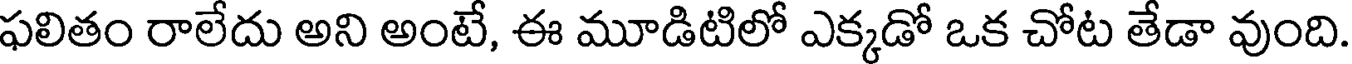
ఫలితం రాలేదు అని అంటే, ఈ మూడిటిలో ఎక్కడో ఒక చోట తేడా వుంది